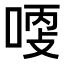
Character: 𠶺